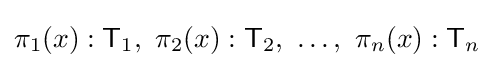
\pi _{1}(x):{\mathsf {T}}_{1},~\pi _{2}(x):{\mathsf {T}}_{2},~\ldots ,~\pi _{n}(x):{\mathsf {T}}_{n}